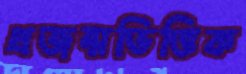
প্রজন্মভিত্তিক